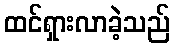
ထင်ရှားလာခဲ့သည်